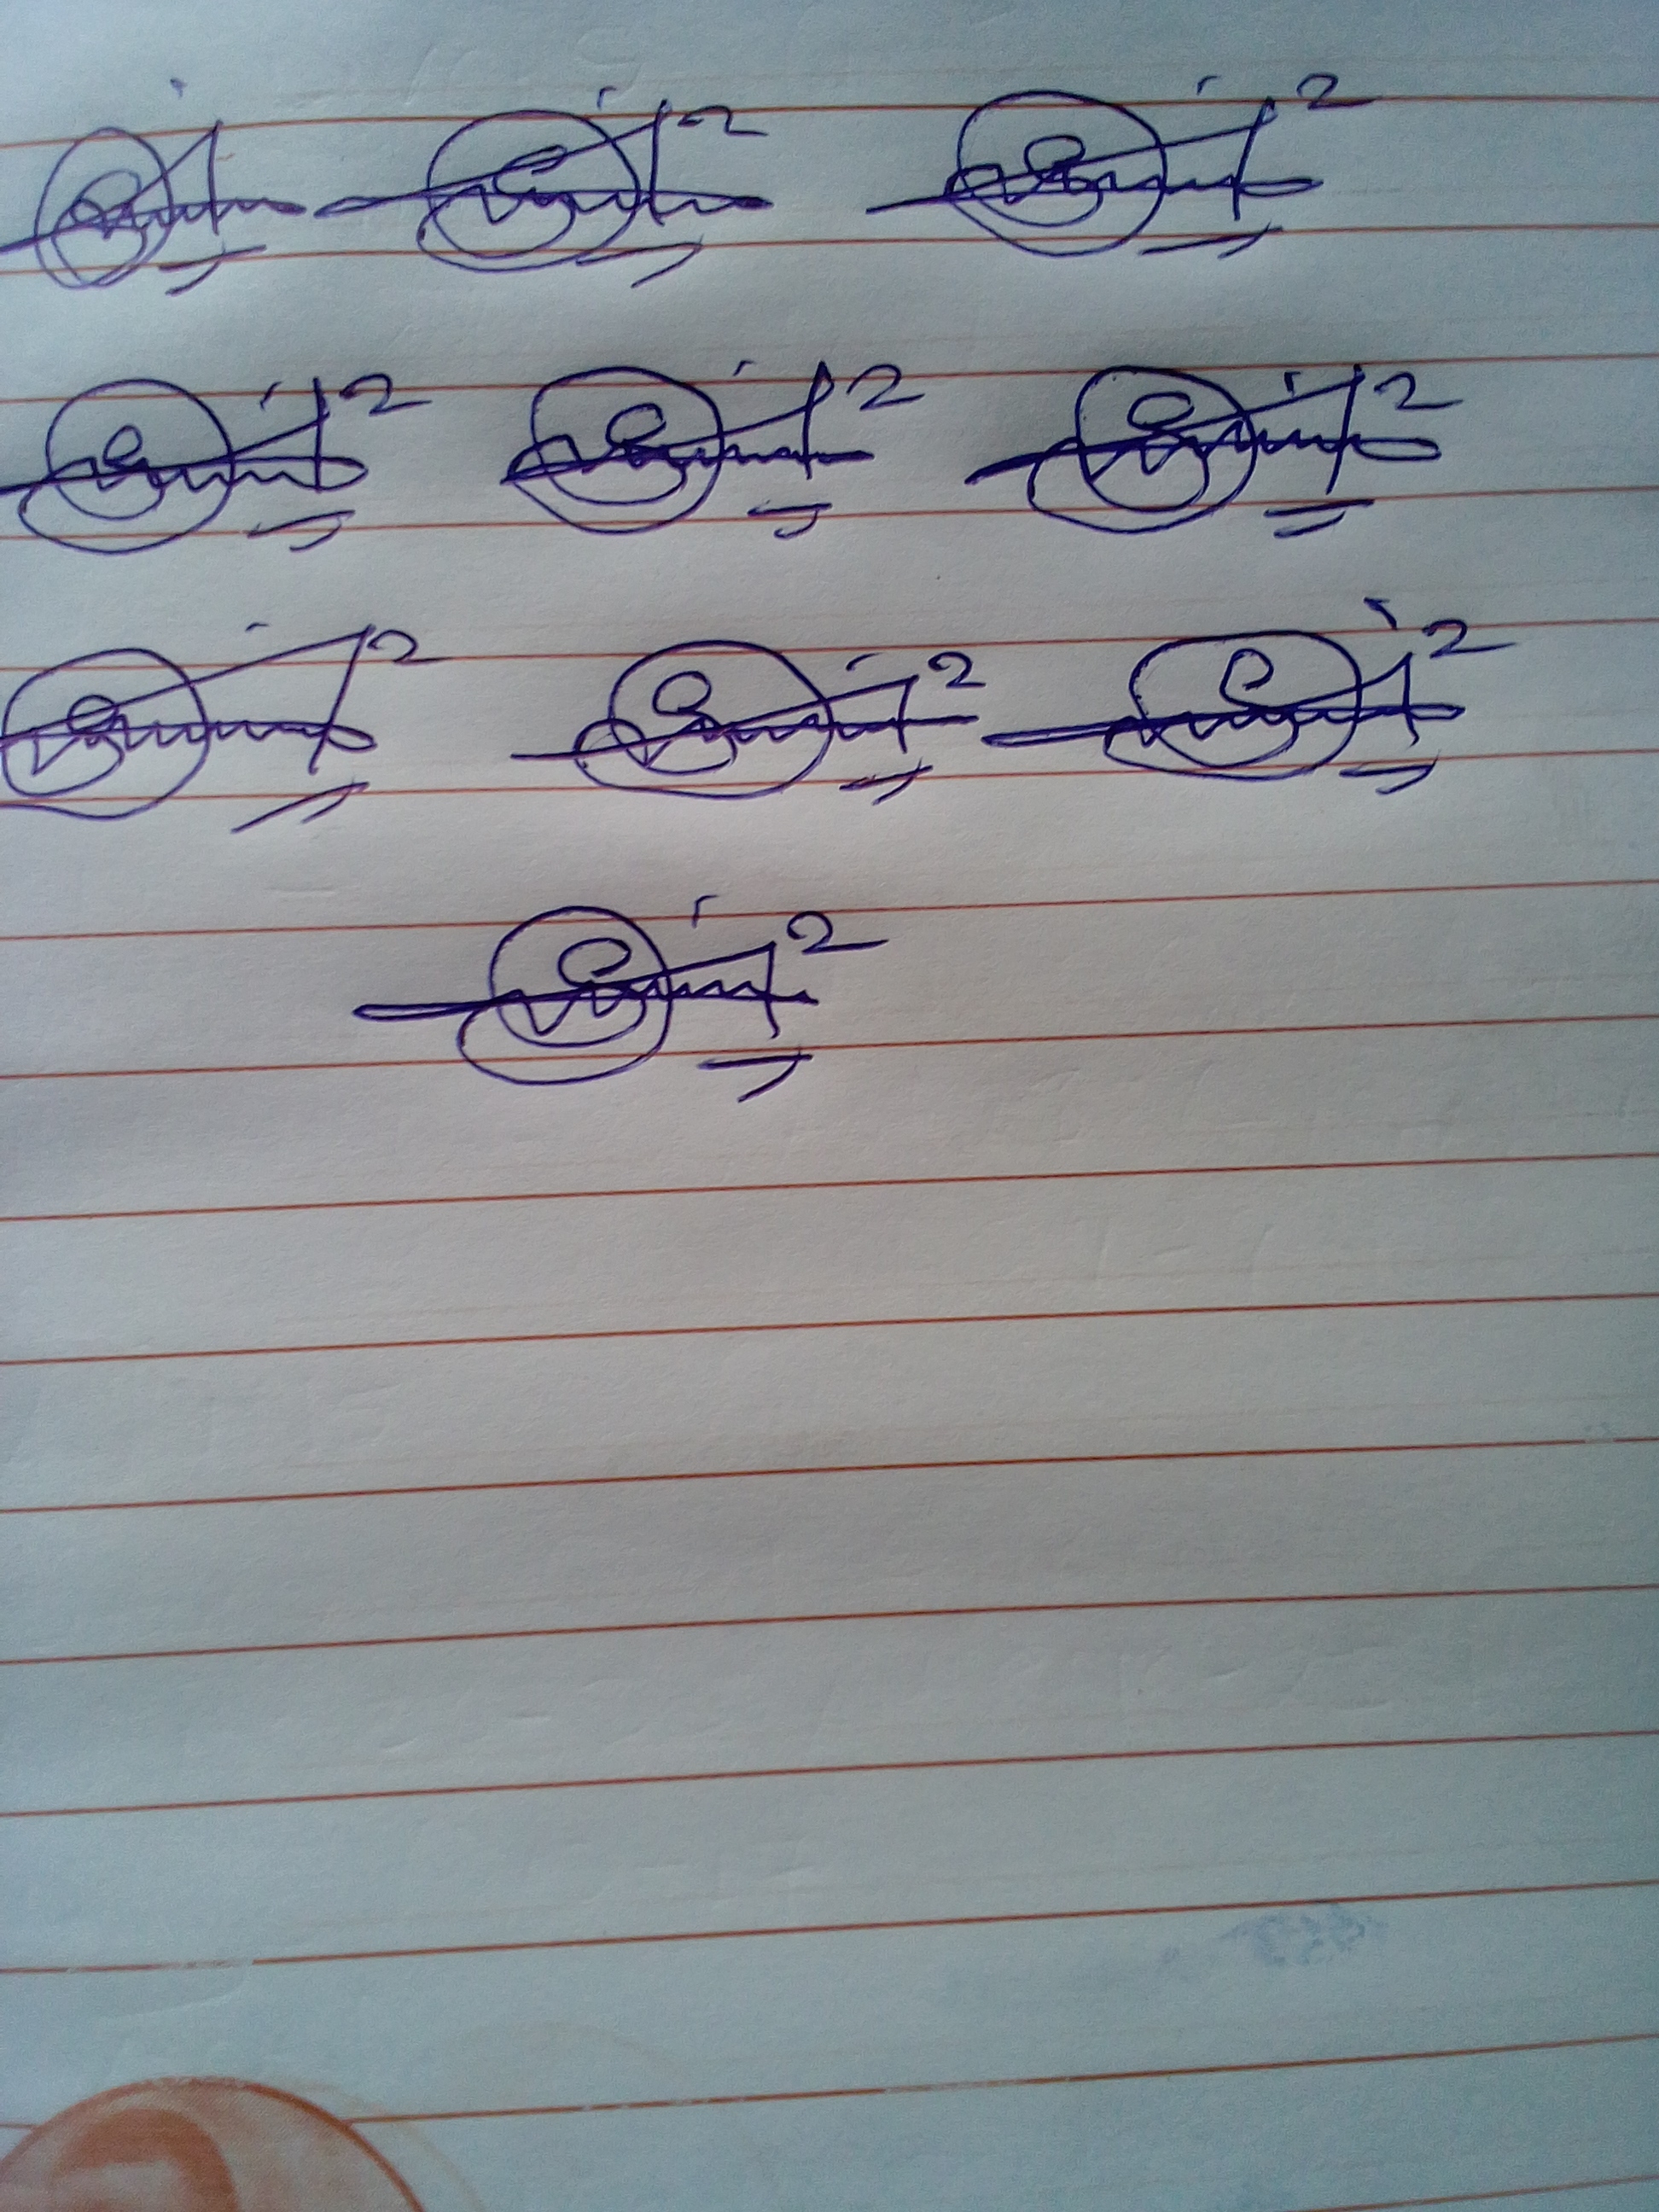
Signature authenticity: genuine